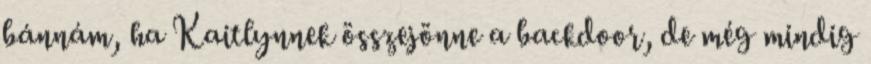
bánnám, ha Kaitlynnek összejönne a backdoor, de még mindig